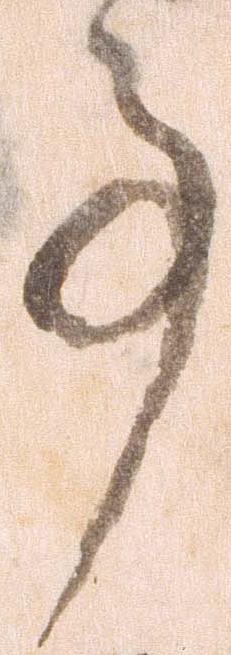
事